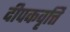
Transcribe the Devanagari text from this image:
दीपकवृत्ति